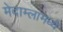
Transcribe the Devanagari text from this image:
मेदाम्लामध्ये